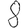
Digit: 8